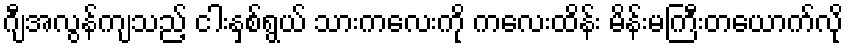
ဂျီအလွန်ကျသည့် ငါးနှစ်ရွယ် သားကလေးကို ကလေးထိန်း မိန်းမကြီးတယောက်လို